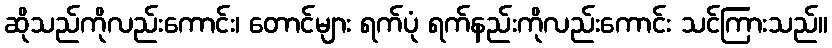
ဆိုသည်ကိုလည်းကောင်း၊ တောင်များ ရက်ပုံ ရက်နည်းကိုလည်းကောင်း သင်ကြားသည်။